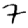
Digit: 7